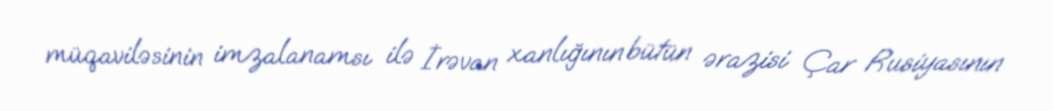
müqaviləsinin imzalanamsı ilə İrəvan xanlığının bütün ərazisi Çar Rusiyasının